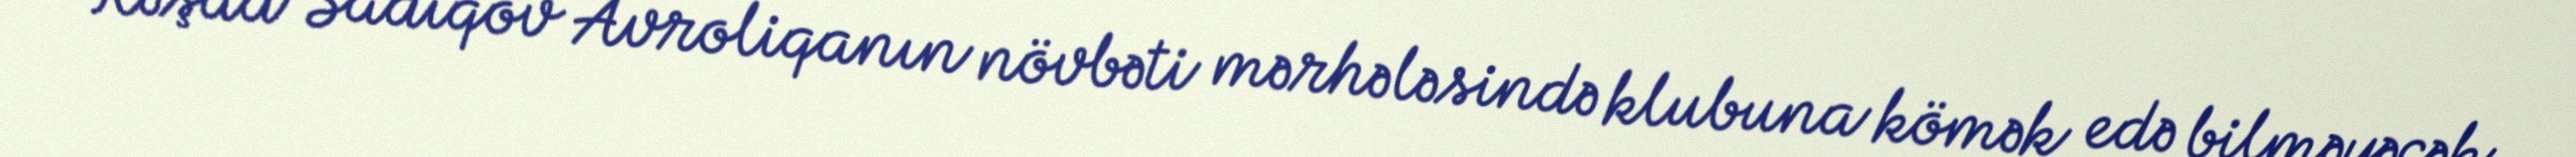
Rəşad Sadıqov Avroliqanın növbəti mərhələsində klubuna kömək edə bilməyəcək.